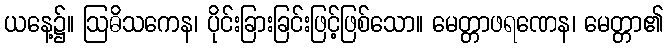
ယနေ့၌။ ဩဓိသကေန၊ ပိုင်းခြားခြင်းဖြင့်ဖြစ်သော။ မေတ္တာဖရဏေန၊ မေတ္တာ၏